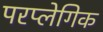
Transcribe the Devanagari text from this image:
परप्लेगिक